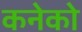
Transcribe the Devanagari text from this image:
कनेको